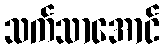
သက်သာအောင်